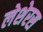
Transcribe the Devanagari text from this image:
लेशेरस